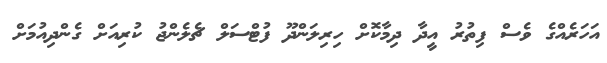
އަހަރެއްގެ ވެސް ފިތުރު އީދާ ދިމާކޮށް ހިރިލަންދޫ ފުޓްސަލް ޗެލެންޖު ކުރިއަށް ގެންދިއުމަށް